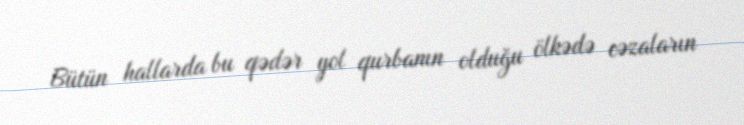
Bütün hallarda bu qədər yol qurbanın olduğu ölkədə cəzaların